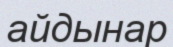
айдынар